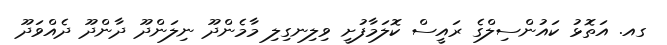
ގއ. އަތޮޅު ކައުންސިލްގެ ރައީސް ކޮލަމާފުށީ ވިލިނގިލި މާމެންދޫ ނިލަންދޫ ދާންދޫ ދެއްވަދޫ